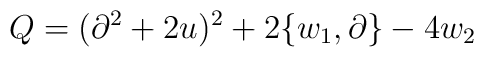
Q = (\partial^2 + 2 u)^2 + 2 \{ w_{1}, \partial \} - 4 w_{2}